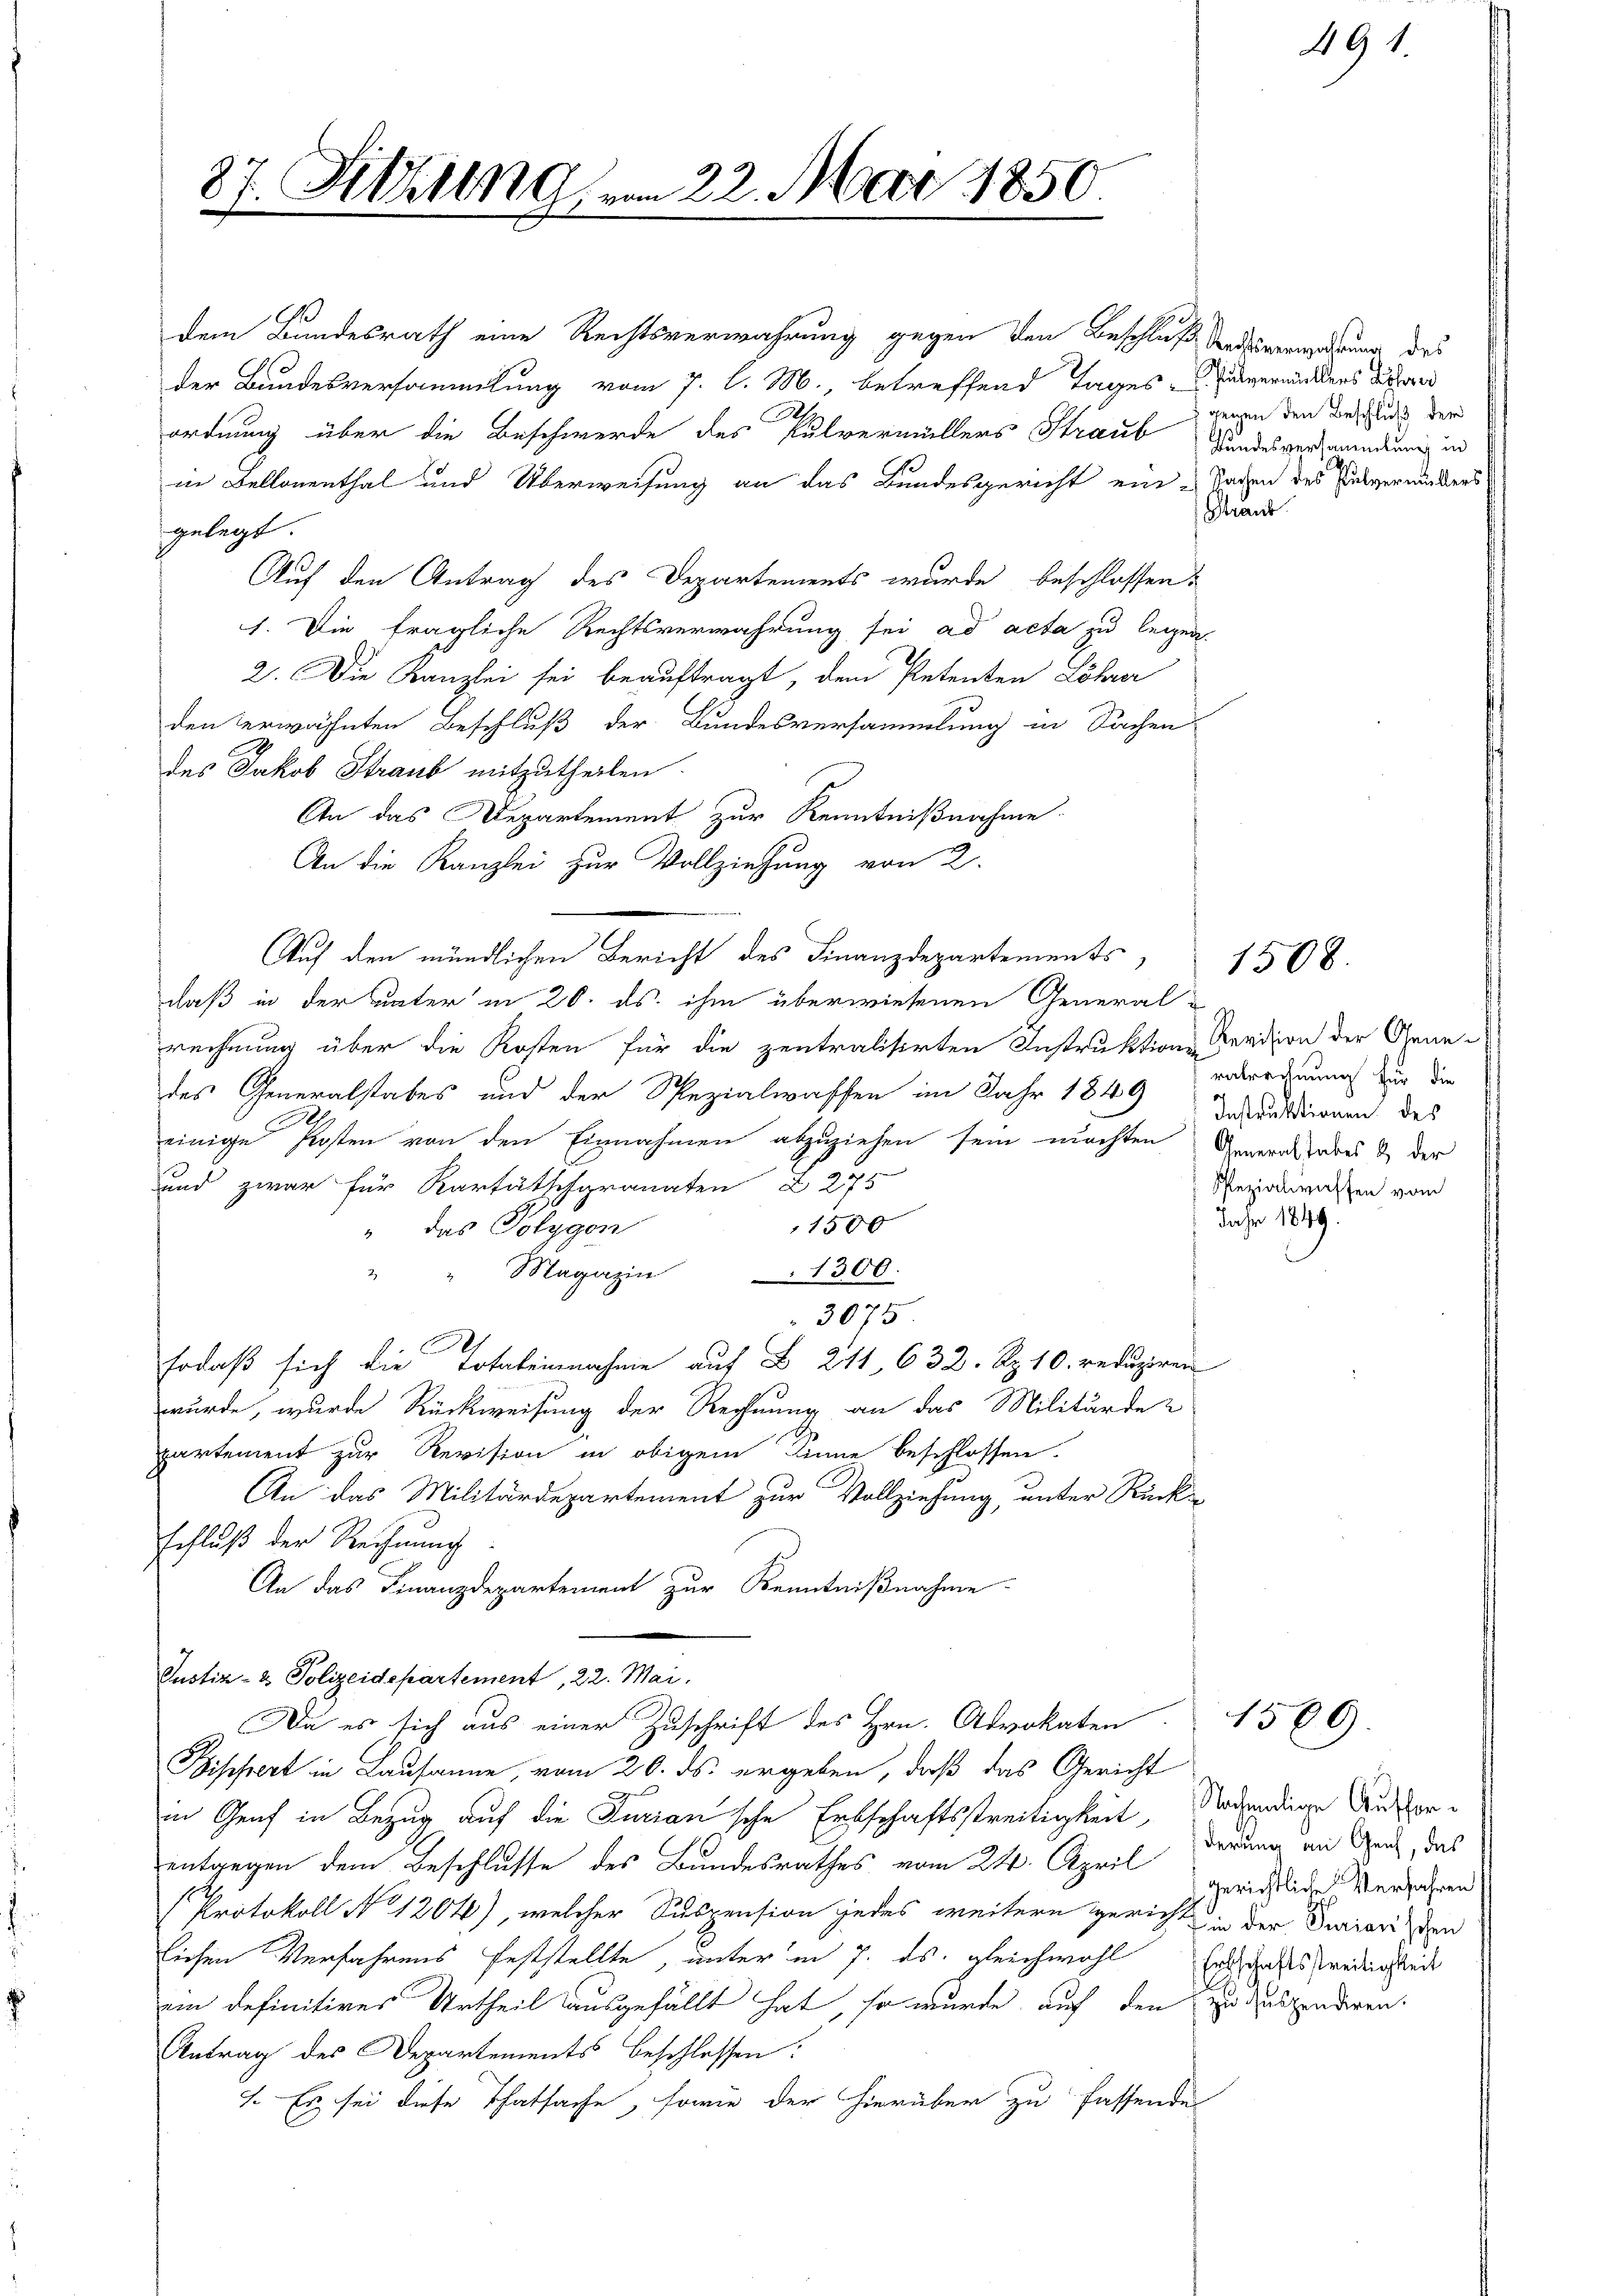
87. Sittling, am 22. Mai 1850
x

dem Bundesrath eine Rechtsverwahrung gegen den Beschluß andesverordnung des
der Bundesversammlung vom 7. l. M., betreffend Tages-Einverminders der
Al.
ordnung über die Beschwerde des Pulvermüllers Straub
in Bellonenthal und Überweisung an das Bundesgericht ein Sachen des Pulverwiders
gelegt.
Auf den Antrag des Departements wurde beschlossen:
1. Die fragliche Rechtsverwahrung sei ad acta zu legen.
2. Die Kanzlei sei beauftragt, dem Petenten Löhner
den erwähnten Beschluß der Bundesversammlung in Sachen
des Jakob Straub mitzutheilen
An das Departement zur Kenntnißnahme.
An die Kanzlei zur Vollziehung von 2.
Auf den mündlichen Bericht des Finanzdepartements
chaß in der unter in 20. ds. ihm überwiesenen General-
rechnung über die Kosten für die zentralisirten Instruktion Merision der Genedes Generalstabes und der Spezialwaffen im Jahr 1849 erbordnung für die
einige Kosten von den Einnahmen abzuziehen sein machten Generaltabes & der
und zwar für Kartätschgranaten § 275
1500
" das Polygon
" " Magazin
1300.
3075
sodaß sich die Totaleinnahme auf B 211, 632. Rp. 10. reduziren
wurde, wurde Rückweisung der Rechnung an das Militärde
partement zur Revision in obigem Sinne beschlossen.
An das Militärdepartement zur Vollziehung, unter Rück-
schluß der Rechnung
An das Finanzdepartement zur Kenntnißnahme
Justiz- & Polizeidepartement, 22. Mai.
Da es sich aus einer Zuschrift des Hrn. Advokaten
Bischert in Lausanne, vom 20. ds. ergeben, daß das Gericht
a
in Genf in Bezug auf die Jurian'sche Erbschaftsstreitigkeit, Nadendige Ausferentgegen dem Beschlusse des Bundesrathes vom 24. April
Protokoll No 1204), welcher Suspension jedes weitern gericht in der Puriaristen
lichen Verfahrens feststellte, unter in 7. ds. gleichwohl Erdschaftsfreilichkeit
ein definitives Urtheil ausgefällt hat, so wurde auf den zu disponderen.
Antrag des Departements beschlossen:
1. Es sei diese Thatsache, sowie der hierüber zu fassende

491.

gegen den Beschluß der
Bundesversammlung in
Traub

Instruktionen des
Rezialwaffen vom
Jahr 1849.

1508.

1589.

derung an Genf, das
gerichtliche Verfahren